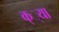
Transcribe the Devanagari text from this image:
क््या